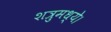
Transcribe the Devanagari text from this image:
शत्रुमध्ये।